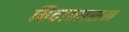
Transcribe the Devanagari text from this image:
बिदालासन